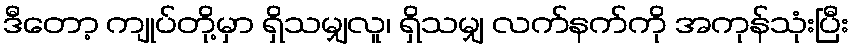
ဒီတော့ ကျုပ်တို့မှာ ရှိသမျှလူ၊ ရှိသမျှ လက်နက်ကို အကုန်သုံးပြီး